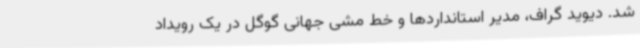
شد. دیوید گراف، مدیر استانداردها و خط مشی جهانی گوگل در یک رویداد